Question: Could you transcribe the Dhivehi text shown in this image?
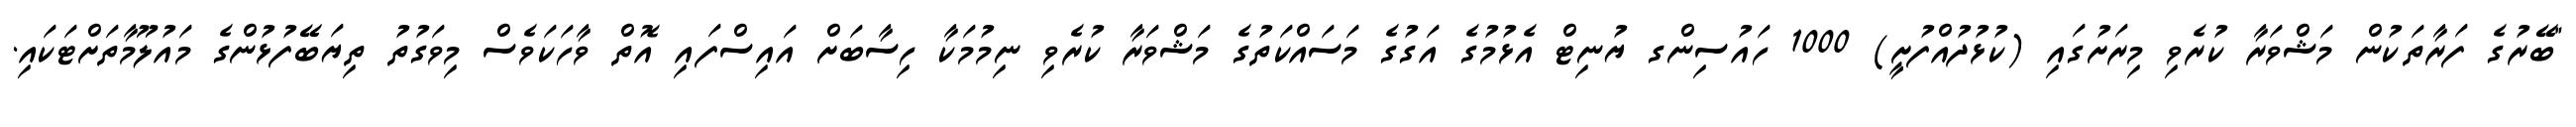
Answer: "ބޭރުގެ ފަރާތަކުން މަޝްވަރާ ކުރެވި މިރަށުގައި (ކުޅުދުއްފުށީ) 1000 ހައުސިންގ ޔުނިޓް އެޅުމުގެ އަގުގެ މަސައްކަތުގެ މަޝްވަރާ ކުރެވި ނިމުމަކާ ހިސާބަށް އައިސްފައި އޮތް ވާހަކަވެސް މިވަގުތު ތިޔަބޭފުޅުންގެ މައުލޫމާތަށްޓަކައި.